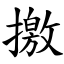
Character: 撽